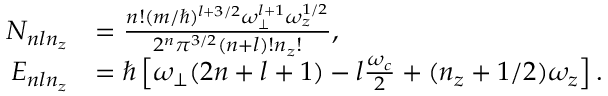
\begin{array} { r l } { N _ { n l n _ { z } } } & { = \frac { n ! ( m / \hbar ) ^ { l + 3 / 2 } \omega _ { \perp } ^ { l + 1 } \omega _ { z } ^ { 1 / 2 } } { 2 ^ { n } \pi ^ { 3 / 2 } ( n + l ) ! n _ { z } ! } , } \\ { E _ { n l n _ { z } } } & { = \hbar \left[ \omega _ { \perp } ( 2 n + l + 1 ) - l \frac { \omega _ { c } } { 2 } + ( n _ { z } + 1 / 2 ) \omega _ { z } \right] . } \end{array}